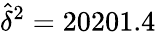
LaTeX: \widehat{\delta}^{2}=20201.4